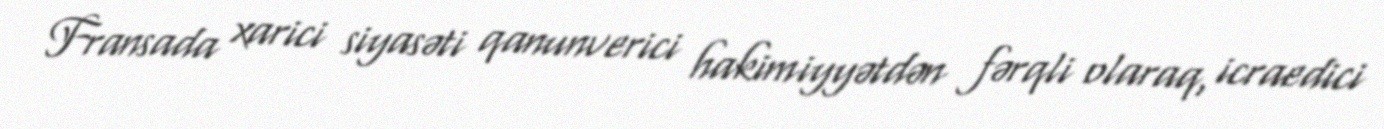
Fransada xarici siyasəti qanunverici hakimiyyətdən fərqli olaraq, icraedici